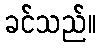
ခင်သည်။